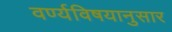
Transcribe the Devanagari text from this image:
वर्ण्यविषयानुसार